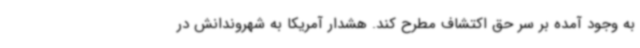
به وجود آمده بر سر حق اکتشاف مطرح کند. هشدار آمریکا به شهروندانش در